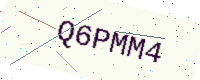
Text: Q6PMM4